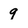
Character: 9